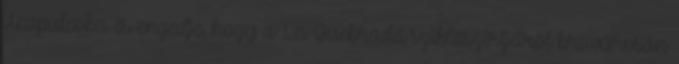
Acapulcoba és engedje, hogy a La Quebrada sziklaszirtjeiről bravúrosan